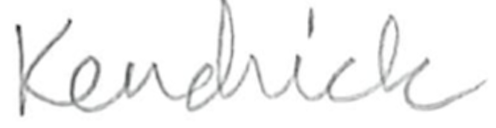
Text: Kendrick
Cross-out: clean
Writing tool: pencil